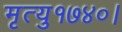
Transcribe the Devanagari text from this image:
मृत्यु१७४०।